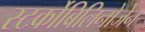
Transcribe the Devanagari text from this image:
स्‍टर्कोबिलिनोजेन